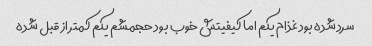
سرد شده بود غذام یکم اما کیفیتش خوب بود حجمشم یکم کمتر از قبل شده